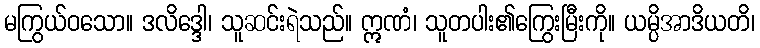
မကြွယ်ဝသော။ ဒလိဒ္ဒေါ၊ သူဆင်းရဲသည်။ ဣဏံ၊ သူတပါး၏ကြွေးမြီးကို။ ယမ္ပိအာဒိယတိ၊